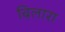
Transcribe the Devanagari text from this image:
बिलारा